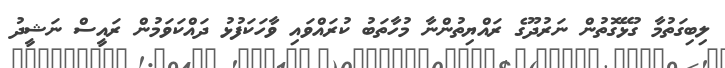
ލިބިގަތުމާ ގުޅޭގޮތުން ނަރުދޫގެ ރައްޔިތުންނާ މުހާތަބު ކުރައްވައި ވާހަކަފުޅު ދައްކަވަމުން ރައީސް ނަޝީދު